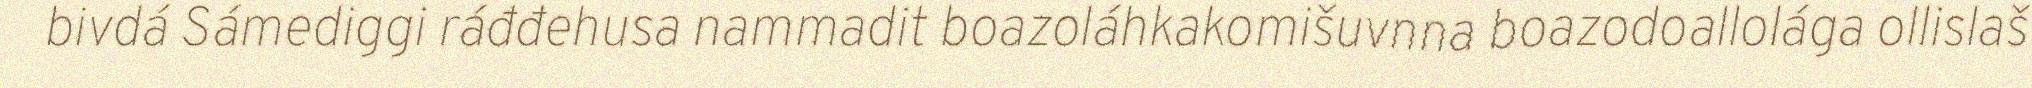
bivdá Sámediggi ráđđehusa nammadit boazoláhkakomišuvnna boazodoallolága ollislaš